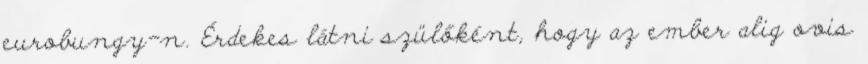
eurobungy-n. Érdekes látni szülőként, hogy az ember alig ovis